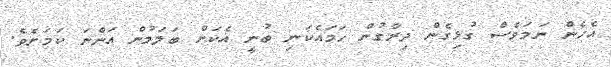
އެހެން ނަމަވެސް ގުޅިގެން ދިރާގުން ހަމައެކަނި ބުނީ އެކަން ބަލަމުން އަންނަ ކަމަށެވެ.